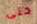
حتى